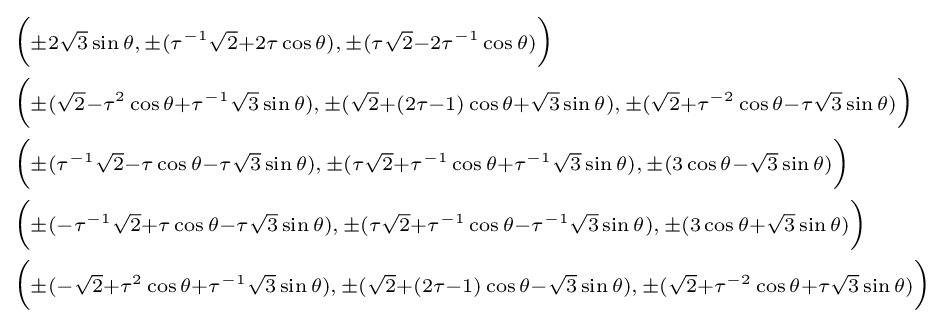
{\begin{aligned}&\scriptstyle {\Big (}\pm 2{\sqrt {3}}\sin \theta ,\,\pm (\tau ^{-1}{\sqrt {2}}+2\tau \cos \theta ),\,\pm (\tau {\sqrt {2}}-2\tau ^{-1}\cos \theta ){\Big )}\\&\scriptstyle {\Big (}\pm ({\sqrt {2}}-\tau ^{2}\cos \theta +\tau ^{-1}{\sqrt {3}}\sin \theta ),\,\pm ({\sqrt {2}}+(2\tau -1)\cos \theta +{\sqrt {3}}\sin \theta ),\,\pm ({\sqrt {2}}+\tau ^{-2}\cos \theta -\tau {\sqrt {3}}\sin \theta ){\Big )}\\&\scriptstyle {\Big (}\pm (\tau ^{-1}{\sqrt {2}}-\tau \cos \theta -\tau {\sqrt {3}}\sin \theta ),\,\pm (\tau {\sqrt {2}}+\tau ^{-1}\cos \theta +\tau ^{-1}{\sqrt {3}}\sin \theta ),\,\pm (3\cos \theta -{\sqrt {3}}\sin \theta ){\Big )}\\&\scriptstyle {\Big (}\pm (-\tau ^{-1}{\sqrt {2}}+\tau \cos \theta -\tau {\sqrt {3}}\sin \theta ),\,\pm (\tau {\sqrt {2}}+\tau ^{-1}\cos \theta -\tau ^{-1}{\sqrt {3}}\sin \theta ),\,\pm (3\cos \theta +{\sqrt {3}}\sin \theta ){\Big )}\\&\scriptstyle {\Big (}\pm (-{\sqrt {2}}+\tau ^{2}\cos \theta +\tau ^{-1}{\sqrt {3}}\sin \theta ),\,\pm ({\sqrt {2}}+(2\tau -1)\cos \theta -{\sqrt {3}}\sin \theta ),\,\pm ({\sqrt {2}}+\tau ^{-2}\cos \theta +\tau {\sqrt {3}}\sin \theta ){\Big )}\end{aligned}}